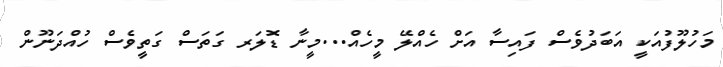
މަހުލޫފުއަކީ އަބަދުވެސް ފައިސާ އަށް ހެއްލޭ މީހެއް...މީނާ ޑޮލަރ ގަތަސް ގަތީވެސް ހުއްދަނޫން